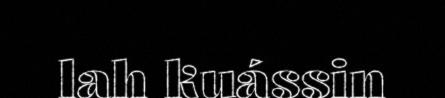
lah kuássin